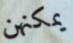
يمكنهن